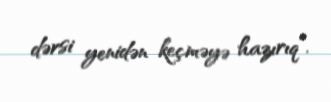
dərsi yenidən keçməyə hazırıq”.